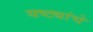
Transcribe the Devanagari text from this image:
यष्ट्यांचे